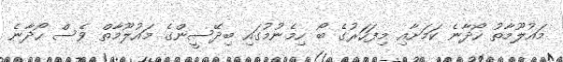
މައުލޫމާތު ހޯދާނެ ކަމަށާއި މިފަހަރުގެ ބޯ ހިމެނުމުގައި ބިދޭސީންގެ މައުލޫމާތް ވެސް ހޯދާނެ